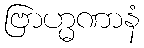
ဗြာဟ္မဏာနံ